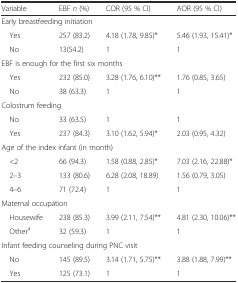
<table><thead><tr><td><b>Variable</b></td><td><b>EBF <i>n</i> (%)</b></td><td><b>COR (95 % CI)</b></td><td><b>AOR (95 % CI)</b></td></tr></thead><tbody><tr><td colspan="4">Early breastfeeding initiation</td></tr><tr><td> Yes</td><td>257 (83.2)</td><td>4.18 (1.78, 9.85)*</td><td>5.46 (1.93, 15.41)*</td></tr><tr><td> No</td><td>13(54.2)</td><td>1</td><td>1</td></tr><tr><td colspan="4">EBF is enough for the first six months</td></tr><tr><td> Yes</td><td>232 (85.0)</td><td>3.28 (1.76, 6.10)**</td><td>1.76 (0.85, 3.65)</td></tr><tr><td> No</td><td>38 (63.3)</td><td>1</td><td>1</td></tr><tr><td colspan="4">Colostrum feeding</td></tr><tr><td> No</td><td>33 (63.5)</td><td>1</td><td>1</td></tr><tr><td> Yes</td><td>237 (84.3)</td><td>3.10 (1.62, 5.94)*</td><td>2.03 (0.95, 4.32)</td></tr><tr><td colspan="4">Age of the index infant (in month)</td></tr><tr><td> &lt;2</td><td>66 (94.3)</td><td>1.58 (0.88, 2.85)*</td><td>7.03 (2.16, 22.88)*</td></tr><tr><td> 2–3</td><td>133 (80.6)</td><td>6.28 (2.08, 18.89)</td><td>1.56 (0.79, 3.05)</td></tr><tr><td> 4–6</td><td>71 (72.4)</td><td>1</td><td>1</td></tr><tr><td colspan="4">Maternal occupation</td></tr><tr><td> Housewife</td><td>238 (85.3)</td><td>3.99 (2.11, 7.54)**</td><td>4.81 (2.30, 10.06)**</td></tr><tr><td> Other<sup>a</sup></td><td>32 (59.3)</td><td>1</td><td>1</td></tr><tr><td colspan="4">Infant feeding counseling during PNC visit</td></tr><tr><td> No</td><td>145 (89.5)</td><td>3.14 (1.71, 5.75)**</td><td>3.88 (1.88, 7.99)**</td></tr><tr><td> Yes</td><td>125 (73.1)</td><td>1</td><td>1</td></tr></tbody></table>